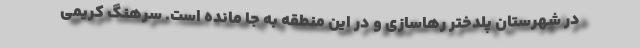
در شهرستان پلدختر رهاسازی و در این منطقه به جا مانده است. سرهنگ کریمی